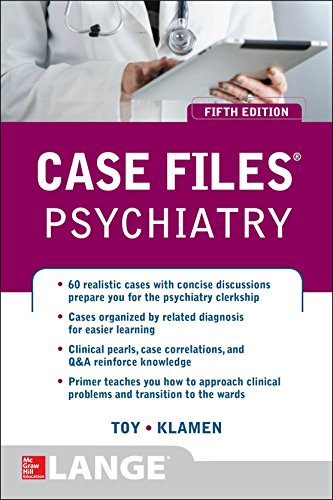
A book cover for Case Files Psychiatry, Fifth Edition (LANGE Case Files); Eugene Toy; Test Preparation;